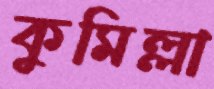
কুমিল্লা